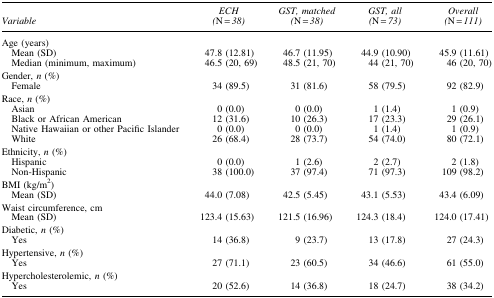
<table><thead><tr><td><b><i>Variable</i></b></td><td><b><i>ECH (</i>N<i> = 38)</i></b></td><td><b><i>GST, matched (</i>N<i> = 38)</i></b></td><td><b><i>GST, all (</i>N<i> = 73)</i></b></td><td><b><i>Overall (</i>N<i> = 111)</i></b></td></tr></thead><tbody><tr><td colspan="5">Age (years)</td></tr><tr><td> Mean (SD)</td><td>47.8 (12.81)</td><td>46.7 (11.95)</td><td>44.9 (10.90)</td><td>45.9 (11.61)</td></tr><tr><td> Median (minimum, maximum)</td><td>46.5 (20, 69)</td><td>48.5 (21, 70)</td><td>44 (21, 70)</td><td>46 (20, 70)</td></tr><tr><td colspan="5">Gender, <i>n</i> (%)</td></tr><tr><td> Female</td><td>34 (89.5)</td><td>31 (81.6)</td><td>58 (79.5)</td><td>92 (82.9)</td></tr><tr><td colspan="5">Race, <i>n</i> (%)</td></tr><tr><td> Asian</td><td>0 (0.0)</td><td>0 (0.0)</td><td>1 (1.4)</td><td>1 (0.9)</td></tr><tr><td> Black or African American</td><td>12 (31.6)</td><td>10 (26.3)</td><td>17 (23.3)</td><td>29 (26.1)</td></tr><tr><td> Native Hawaiian or other Pacific Islander</td><td>0 (0.0)</td><td>0 (0.0)</td><td>1 (1.4)</td><td>1 (0.9)</td></tr><tr><td> White</td><td>26 (68.4)</td><td>28 (73.7)</td><td>54 (74.0)</td><td>80 (72.1)</td></tr><tr><td colspan="5">Ethnicity, <i>n</i> (%)</td></tr><tr><td> Hispanic</td><td>0 (0.0)</td><td>1 (2.6)</td><td>2 (2.7)</td><td>2 (1.8)</td></tr><tr><td> Non-Hispanic</td><td>38 (100.0)</td><td>37 (97.4)</td><td>71 (97.3)</td><td>109 (98.2)</td></tr><tr><td colspan="5">BMI (kg/m<sup>2</sup>)</td></tr><tr><td> Mean (SD)</td><td>44.0 (7.08)</td><td>42.5 (5.45)</td><td>43.1 (5.53)</td><td>43.4 (6.09)</td></tr><tr><td colspan="5">Waist circumference, cm</td></tr><tr><td> Mean (SD)</td><td>123.4 (15.63)</td><td>121.5 (16.96)</td><td>124.3 (18.4)</td><td>124.0 (17.41)</td></tr><tr><td colspan="5">Diabetic, <i>n</i> (%)</td></tr><tr><td> Yes</td><td>14 (36.8)</td><td>9 (23.7)</td><td>13 (17.8)</td><td>27 (24.3)</td></tr><tr><td colspan="5">Hypertensive, <i>n</i> (%)</td></tr><tr><td> Yes</td><td>27 (71.1)</td><td>23 (60.5)</td><td>34 (46.6)</td><td>61 (55.0)</td></tr><tr><td colspan="5">Hypercholesterolemic, <i>n</i> (%)</td></tr><tr><td> Yes</td><td>20 (52.6)</td><td>14 (36.8)</td><td>18 (24.7)</td><td>38 (34.2)</td></tr></tbody></table>